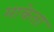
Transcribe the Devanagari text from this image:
माकेता